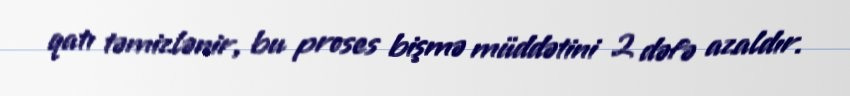
qatı təmizlənir, bu proses bişmə müddətini 2 dəfə azaldır.